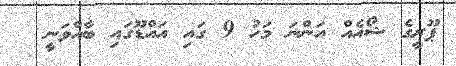
ޕޫރީގެ ޝޯއެއް އަންނަ މަހު 9 ގައި އައްޑޫގައި ބާއްވަނީ